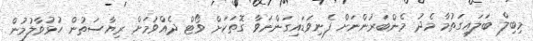
މިބިލް ބަލައިގަތުމާ މެދު މެންބަރުންނަށް ފެނިވަޑައިގަންނަވާ ގޮތަކަށް ވޯޓް ދެއްވުމަށް ރިޔާސަތުން ހުޅުވާލުމުން